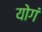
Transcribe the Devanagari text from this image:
योगं